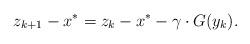
LaTeX: \begin{align*}z_{k+1}-x^*=z_k-x^*-\gamma\cdot G(y_k).\end{align*}